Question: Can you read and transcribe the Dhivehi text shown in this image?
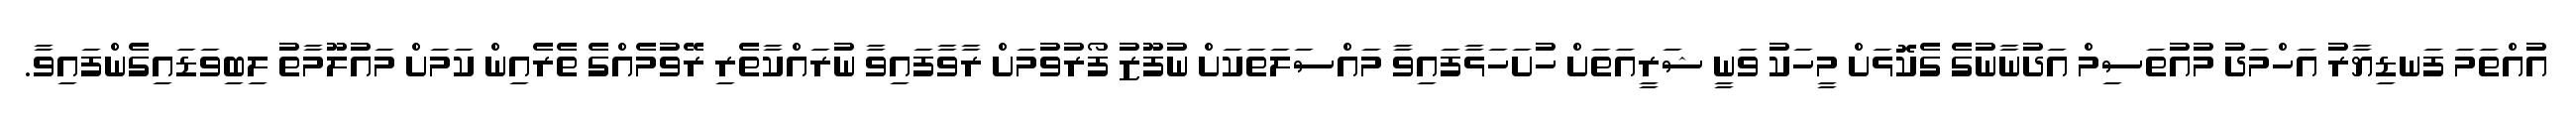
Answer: އުއްތަމަ ފަނޑިޔާރު އަހްމަދު މުއުތަސިމް އަދުނާނުގެ ގެކޮޅަށް މީހަކު ވަނީ ޝަރީއަތަށް ހުށަހަޅާފައިވާ މައްސަލަތަކަށް ނުފޫޒު ފޯރުވުމަށް ރާވާފައިވާ ނުރައްކާތެރި ރޭވުމެއްގެ ތެރެއިން ކަމަށް މައުލޫމާތު ލިބިވަޑައިގެންފައިވާ.